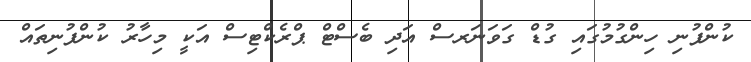
ކުންފުނި ހިންގުމުގައި ގުޑް ގަވަނަރސް އަދި ބެސްޓް ޕްރެކްޓިސް އަކީ މިހާރު ކުންފުނިތައް